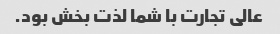
عالی تجارت با شما لذت بخش بود.